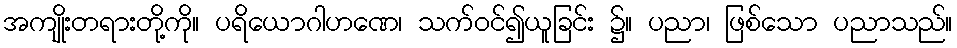
အကျိုးတရားတို့ကို။ ပရိယောဂါဟဏေ၊ သက်ဝင်၍ယူခြင်း ၌။ ပညာ၊ ဖြစ်သော ပညာသည်။